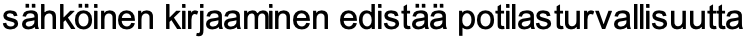
sähköinen kirjaaminen edistää potilasturvallisuutta